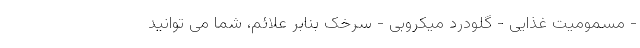
- مسمومیت غذایی - گلودرد میکروبی - سرخک بنابر علائم، شما می توانید